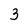
Character: 3